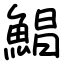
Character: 鯧